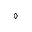
\diamond